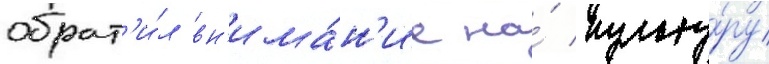
обрат'и́л вн'има́н'ие на́ культу́ру